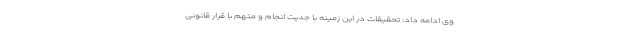
وی ادامه داد: تحقیقات در این زمینه با جدیت انجام و متهم با قرار قانونی